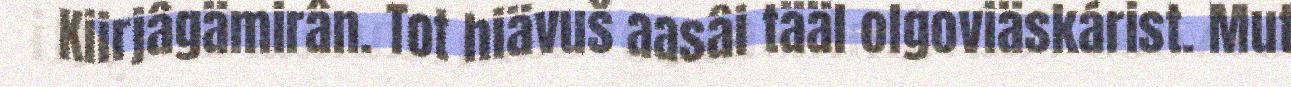
Kiirjâgämirân. Tot hiävuš aasâi tääl olgoviäskárist. Mut